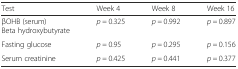
<table><thead><tr><td><b>Test</b></td><td><b>Week 4</b></td><td><b>Week 8</b></td><td><b>Week 16</b></td></tr></thead><tbody><tr><td>βOHB (serum)Beta hydroxybutyrate</td><td><i>p =</i> 0.325</td><td><i>p =</i> 0.992</td><td><i>p =</i> 0.897</td></tr><tr><td>Fasting glucose</td><td><i>p =</i> 0.95</td><td><i>p =</i> 0.295</td><td><i>p =</i> 0.156</td></tr><tr><td>Serum creatinine</td><td><i>p =</i> 0.425</td><td><i>p =</i> 0.441</td><td><i>p =</i> 0.377</td></tr></tbody></table>